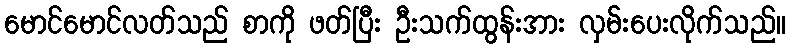
မောင်မောင်လတ်သည် စာကို ဖတ်ပြီး ဦးသက်ထွန်းအား လှမ်းပေးလိုက်သည်။